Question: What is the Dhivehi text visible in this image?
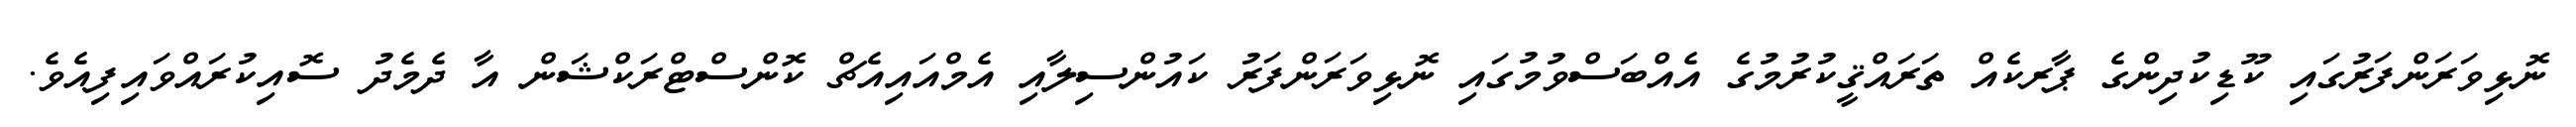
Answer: ނޮޅިވަރަންފަރުގައި ކޫޑިކުދިންގެ ޕާރކެއް ތަރައްޤީކުރުމުގެ އެއްބަސްވުމުގައި ނޮޅިވަރަންފަރު ކައުންސިލާއި އެމްއައިއެޗް ކޮންސްޓްރަކްޝަން އާ ދެމެދު ސޮއިކުރައްވައިފިއެވެ.